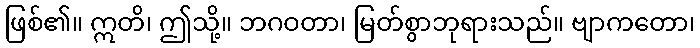
ဖြစ်၏။ ဣတိ၊ ဤသို့။ ဘဂဝတာ၊ မြတ်စွာဘုရားသည်။ ဗျာကတော၊